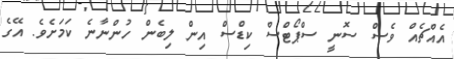
އެއްޗެއް ވެސް ސޮނީ ސްޕޯޓްސް ކިޑްސް އިން ލިބެން ހުންނާނެ ކަމަށެވެ. އޭގެ